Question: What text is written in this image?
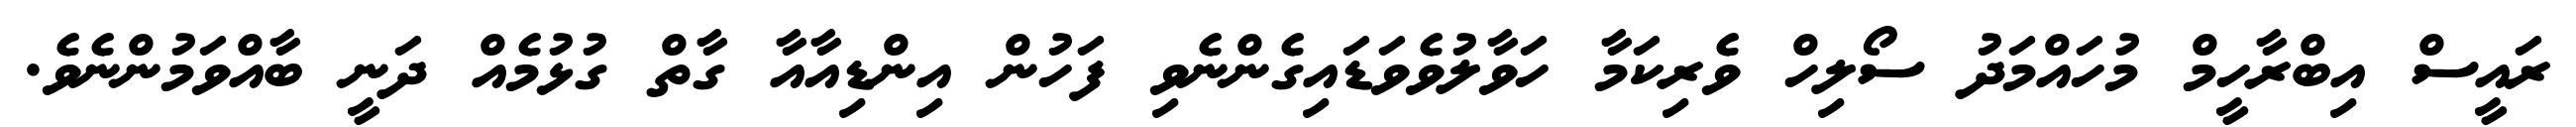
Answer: ރައީސް އިބްރާހީމް މުހައްމަދު ސޯލިހް ވެރިކަމާ ހަވާލުވެވަޑައިގެންނެވި ފަހުން އިންޑިއާއާ ގާތް ގުޅުމެއް ދަނީ ބާއްވަމުންނެވެ.